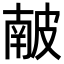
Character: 𥀇